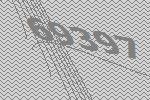
69397